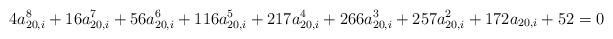
LaTeX: \begin{align*}4a_{20,i}^8+16a_{20,i}^7+56a_{20,i}^6+116a_{20,i}^5+217a_{20,i}^4+266a_{20,i}^3+257a_{20,i}^2+172a_{20,i}+52=0\end{align*}